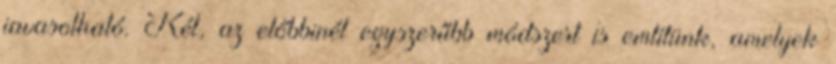
javasolható. Két, az előbbinél egyszerűbb módszert is említünk, amelyek